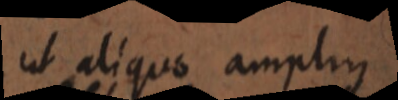
ut aliquo amplius